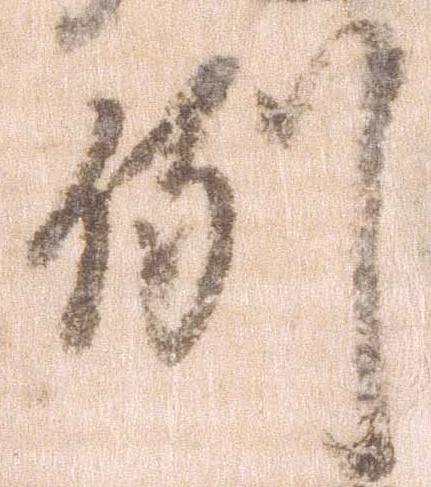
例